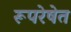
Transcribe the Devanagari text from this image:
रूपरेषेत